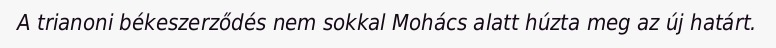
A trianoni békeszerződés nem sokkal Mohács alatt húzta meg az új határt.